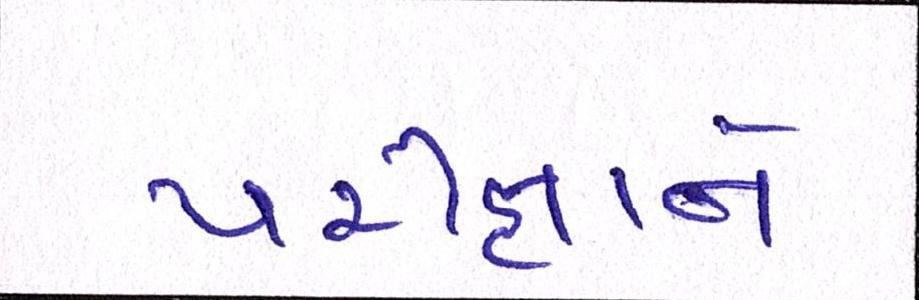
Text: પરીક્ષાને